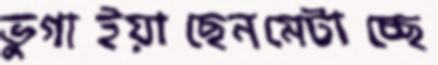
ভুগাইয়াছেনমেটাচ্ছে